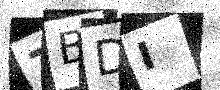
Text: ZBDI